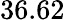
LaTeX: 36.62